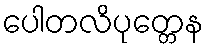
ပေါတလိပုတ္တေန